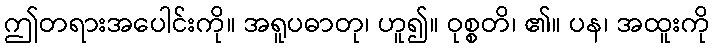
ဤတရားအပေါင်းကို။ အရူပဓာတု၊ ဟူ၍။ ဝုစ္စတိ၊ ၏။ ပန၊ အထူးကို